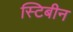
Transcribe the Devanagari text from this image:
स्टिबीन